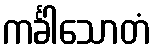
ကင်္ခါသောတံ